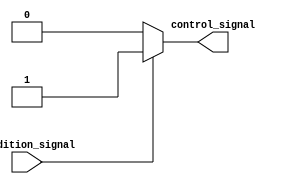
module wait_condition_block (
    input wire condition_signal,  // Condition signal to monitor
    output reg control_signal      // Control signal that indicates when the condition is met
);

    // Initial block to set up the control signal
    initial begin
        control_signal = 1'b0;    // Initialize control signal to low
    end

    // Always block to monitor the condition signal
    always @* begin
        // Wait until condition_signal is true
        if (condition_signal) begin
            control_signal <= 1'b1; // Set control signal high when condition is met
        end else begin
            control_signal <= 1'b0;  // Keep control signal low if condition is not met
        end
    end

endmodule